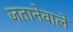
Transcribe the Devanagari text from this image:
जतानेवाले